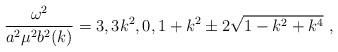
LaTeX: \begin{align*}\frac{\omega^2}{a^2\mu^2b^2(k)}=3,3k^2,0, 1+k^2\pm 2\sqrt{1-k^2+k^4}~,\end{align*}